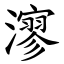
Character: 㵳